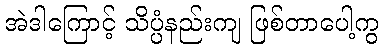
အဲဒါကြောင့် သိပ္ပံနည်းကျ ဖြစ်တာပေါ့ကွ